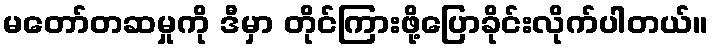
မတော်တဆမှုကို ဒီမှာ တိုင်ကြားဖို့ပြောခိုင်းလိုက်ပါတယ်။